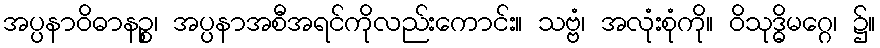
အပ္ပနာဝိဓာနဉ္စ၊ အပ္ပနာအစီအရင်ကိုလည်းကောင်း။ သဗ္ဗံ၊ အလုံးစုံကို။ ဝိသုဒ္ဓိမဂ္ဂေ၊ ၌။